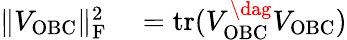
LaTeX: \begin{array}{rl}{\| V_{\mathrm{OBC}}\| _{\mathrm{F}}^{2}}&{{}=\operatorname{tr}(V_{\mathrm{OBC}}^{\dag}V_{\mathrm{OBC}})}\end{array}